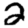
Digit: 2